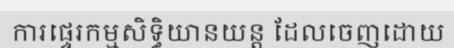
ការផ្ទេរកម្មសិទ្ធិយានយន្ត ដែលចេញដោយ